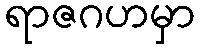
ရာဇဂဟမှာ